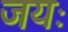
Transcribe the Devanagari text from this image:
जयः